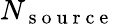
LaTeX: N_{\mathrm{~s~o~u~r~c~e~}}